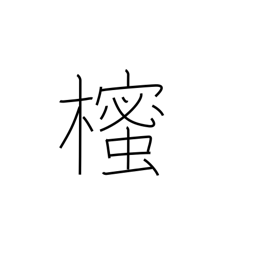
Meaning: Japanese star anise